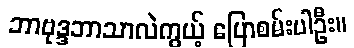
ဘာဗုဒ္ဒဘာသာလဲကွယ့် ပြောစမ်းပါဦး။